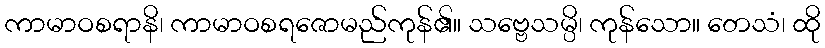
ကာမာဝစရာနိ၊ ကာမာဝစရဇောမည်ကုန်၏။ သဗ္ဗေသမ္ပိ၊ ကုန်သော။ တေသံ၊ ထို